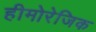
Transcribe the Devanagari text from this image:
हीमोरेजिक